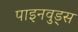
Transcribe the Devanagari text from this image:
पाइनवुड्स